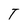
Character: T